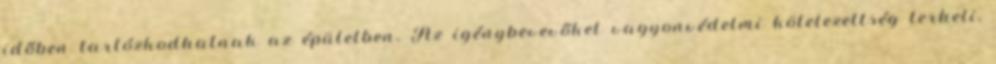
időben tartózkodhatnak az épületben. Az igénybevevőket vagyonvédelmi kötelezettség terheli,